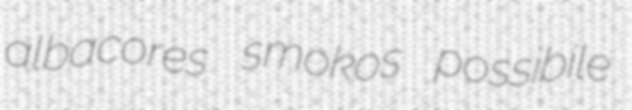
albacores smokos possibile